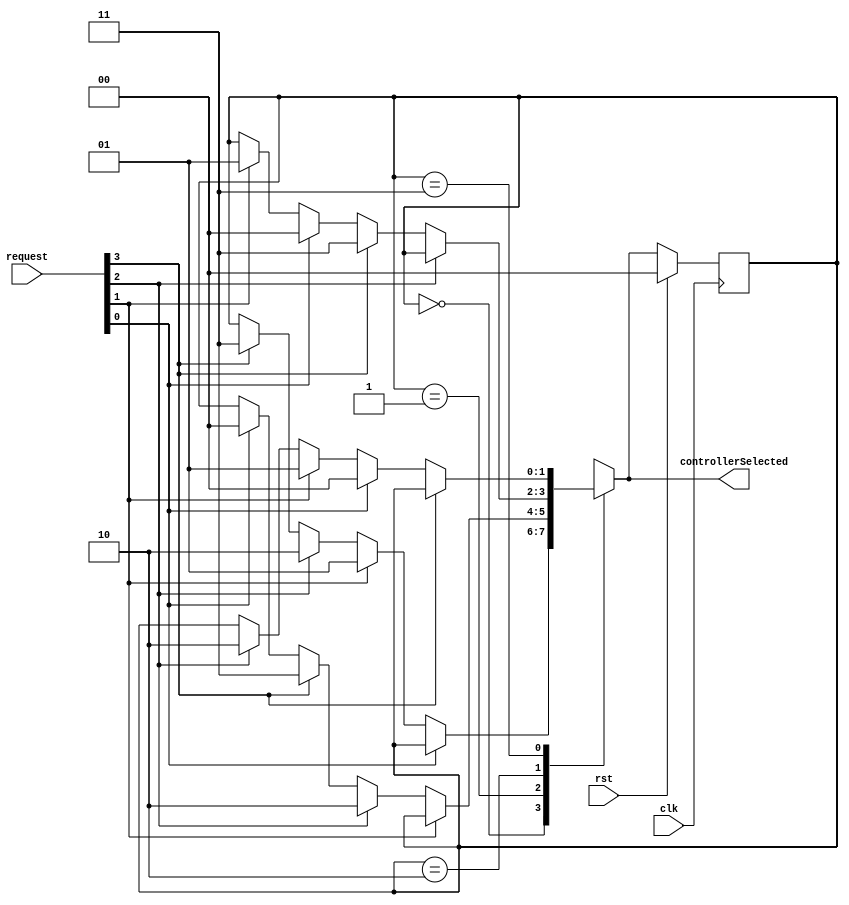
`default_nettype none

module ControllerArbiter (
		input wire clk,
		input wire rst,

		input wire[3:0] request,
		output wire[1:0] controllerSelected
	);

	localparam CONTROLLER0 = 2'h0;
	localparam CONTROLLER1 = 2'h1;
	localparam CONTROLLER2 = 2'h2;
	localparam CONTROLLER3 = 2'h3;

	reg[1:0] currentController = CONTROLLER0;
	reg[1:0] nextController;

	always @(*) begin
		nextController = currentController;

		case (currentController)
			CONTROLLER0: begin
				if (!request[0]) begin
					if (request[1]) nextController = CONTROLLER1;
					else if (request[2]) nextController = CONTROLLER2;
					else if (request[3]) nextController = CONTROLLER3;
				end
			end

			CONTROLLER1: begin
				if (!request[1]) begin
					if (request[2]) nextController = CONTROLLER2;
					else if (request[3]) nextController = CONTROLLER3;
					else if (request[0]) nextController = CONTROLLER0;
				end
			end

			CONTROLLER2: begin
				if (!request[2]) begin
					if (request[3]) nextController = CONTROLLER3;
					else if (request[0]) nextController = CONTROLLER0;
					else if (request[1]) nextController = CONTROLLER1;
				end
			end

			CONTROLLER3: begin
				if (!request[3]) begin
					if (request[0]) nextController = CONTROLLER0;
					else if (request[1]) nextController = CONTROLLER1;
					else if (request[2]) nextController = CONTROLLER2;
				end
			end
		endcase
	end

	always @(posedge clk) begin
		if (rst) currentController <= CONTROLLER0;
		else currentController <= nextController;
	end

	assign controllerSelected = nextController;

endmodule